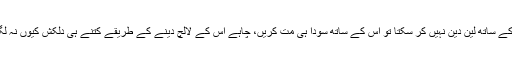
اگر کوئی اصل شرائط پر آپ کے ساتھ لین دین نہیں کر سکتا تو اس کے ساتھ سودا ہی مت کریں، چاہے اس کے لالچ دینے کے طریقے کتنے ہی دلکش کیوں نہ لگیں، کیونکہ لالچ بری بلا ہے۔